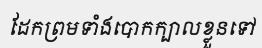
ដែកព្រមទាំងបោកក្បាលខ្លួនទៅ